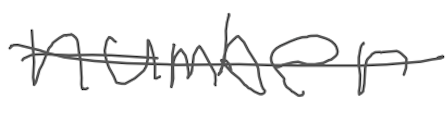
Text: number
Cross-out: single-line
Writing tool: digital_gray